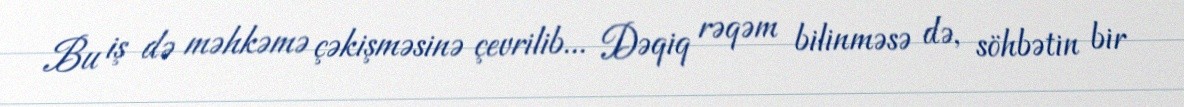
Bu iş də məhkəmə çəkişməsinə çevrilib... Dəqiq rəqəm bilinməsə də, söhbətin bir